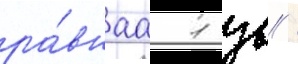
ра́внаа 1 зв /